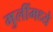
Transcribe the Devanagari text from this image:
मुलींमध्ये